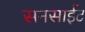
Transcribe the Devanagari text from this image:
सनसाईट